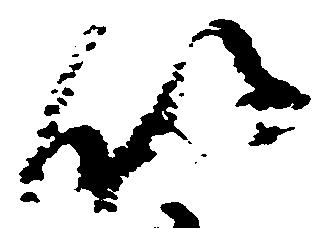
以